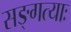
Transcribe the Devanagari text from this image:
सङ्गत्याः